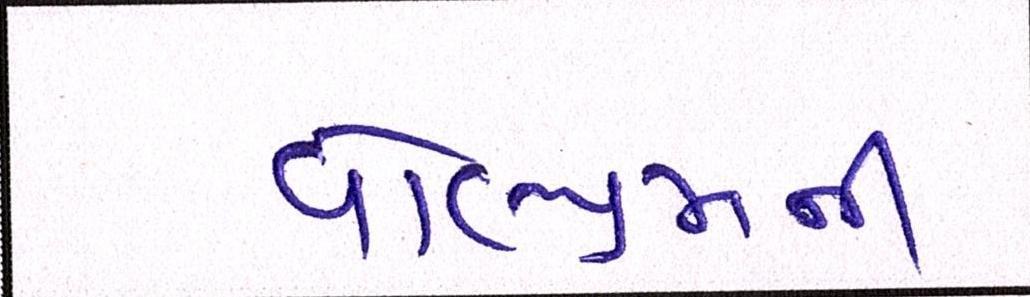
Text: વોલ્યુમની